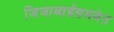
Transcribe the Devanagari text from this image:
जिजाबाईंसमवेत